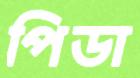
পিডা